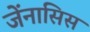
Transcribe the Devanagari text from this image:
जेंनासिस